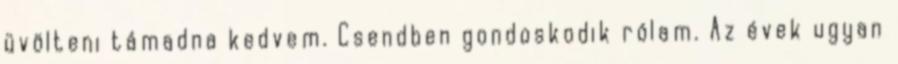
üvölteni támadna kedvem. Csendben gondoskodik rólam. Az évek ugyan